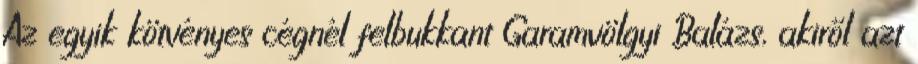
Az egyik kötvényes cégnél felbukkant Garamvölgyi Balázs, akiről azt